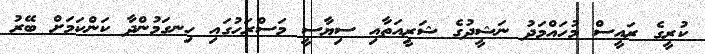
ކުރީގެ ރައީސް މުހައްމަދު ނަޝީދުގެ ޝަރީއަތާއި ސިޔާސީ މަސްރަހުގައި ހިނގަމުންދާ ކަންކަމަށް ބޭރު